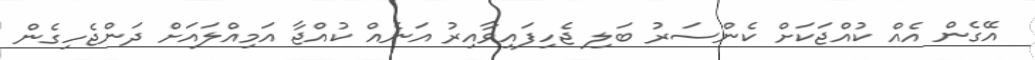
އޭގެން އެއް ކުއްޖަކަށް ކެންސަރު ބަލި ޖެހިފައިވާއިރު އަނެއް ކުއްޖާ އަމިއްލައަށް ދަންޖެހިގެން